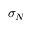
\sigma _ { N }